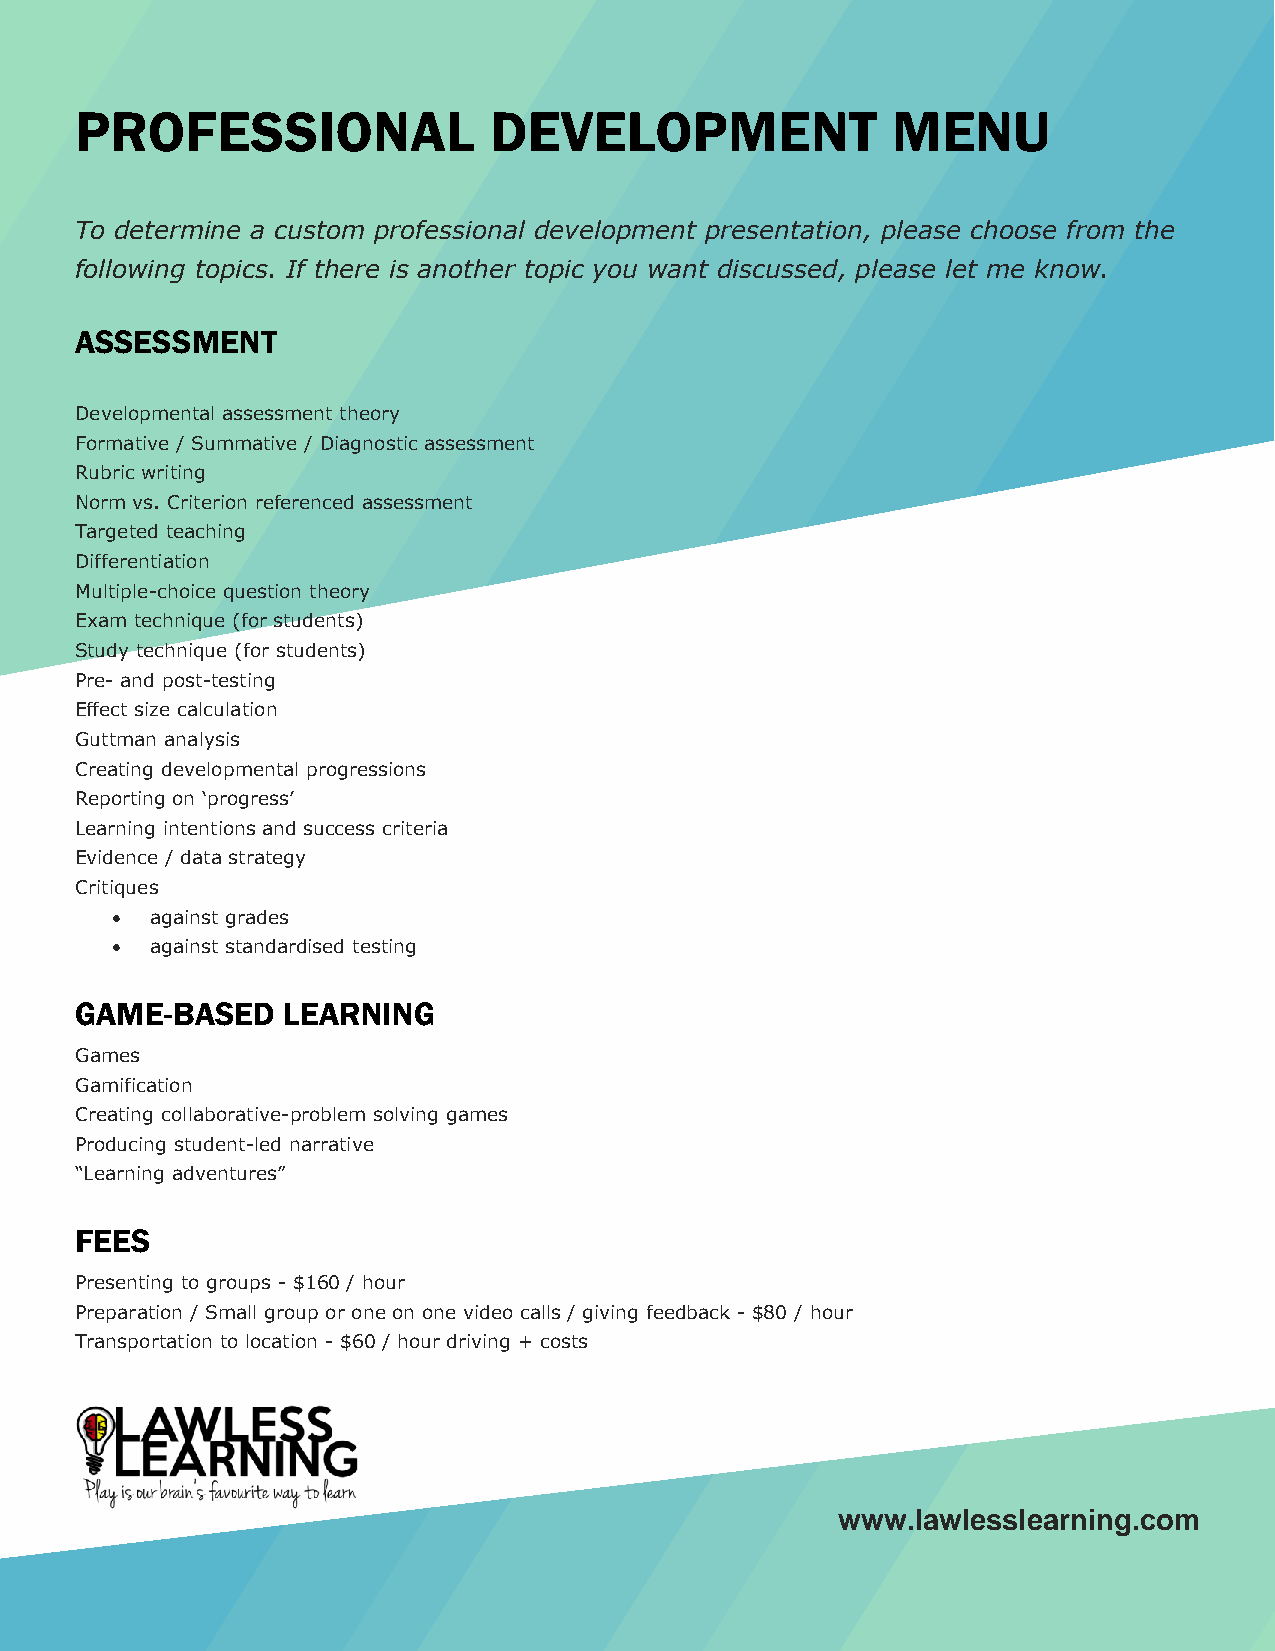
PROFESSIONAL               DEVELOPMENT                MENU
 To determine a custom professional development presentation, please choose from the
 following topics. If there is another topic you want discussed, please let me know.
 ASSESSMENT
 Developmental assessment theory
 Formative / Summative / Diagnostic assessment
 Rubric writing
 Norm vs. Criterion referenced assessment
 Targeted teaching
 Differentiation
 Multiple-choice question theory
 Exam technique (for students)
 Study technique (for students)
 Pre- and post-testing
 Effect size calculation
 Guttman analysis
 Creating developmental progressions
 Reporting on ‘progress’
 Learning intentions and success criteria
 Evidence / data strategy
 Critiques
 •  against grades
 •  against standardised testing
 GAME-BASED    LEARNING
 Games
 Gamification
 Creating collaborative-problem solving games
 Producing student-led narrative
 “Learning adventures”
 FEES
 Presenting to groups - $160 / hour
 Preparation / Small group or one on one video calls / giving feedback - $80 / hour
 Transportation to location - $60 / hour driving + costs
 www.lawlesslearning.com